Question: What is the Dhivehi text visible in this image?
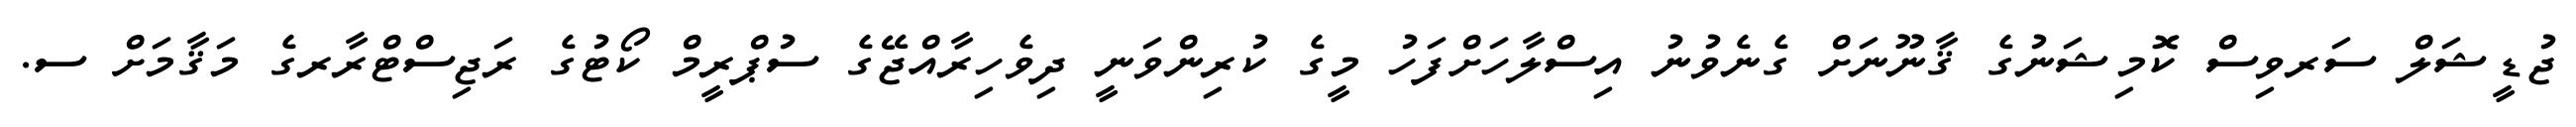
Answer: ޖުޑީޝަލް ސަރވިސް ކޮމިޝަނުގެ ޤާނޫނަށް ގެނެވުނު އިސްލާހަށްފަހު މީގެ ކުރިންވަނީ ދިވެހިރާއްޖޭގެ ސުޕްރީމް ކޯޓުގެ ރަޖިސްޓްރާރގެ މަޤާމަށް ސ.